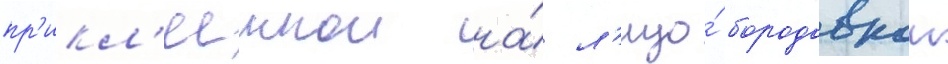
пр'икл'ееннои на́ л'ицо́ бородавкои